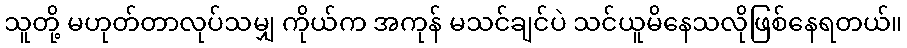
သူတို့ မဟုတ်တာလုပ်သမျှ ကိုယ်က အကုန် မသင်ချင်ပဲ သင်ယူမိနေသလိုဖြစ်နေရတယ်။